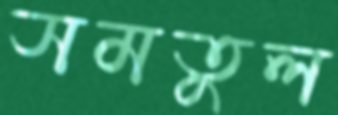
সমতুল